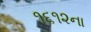
૧૬૧૨ના